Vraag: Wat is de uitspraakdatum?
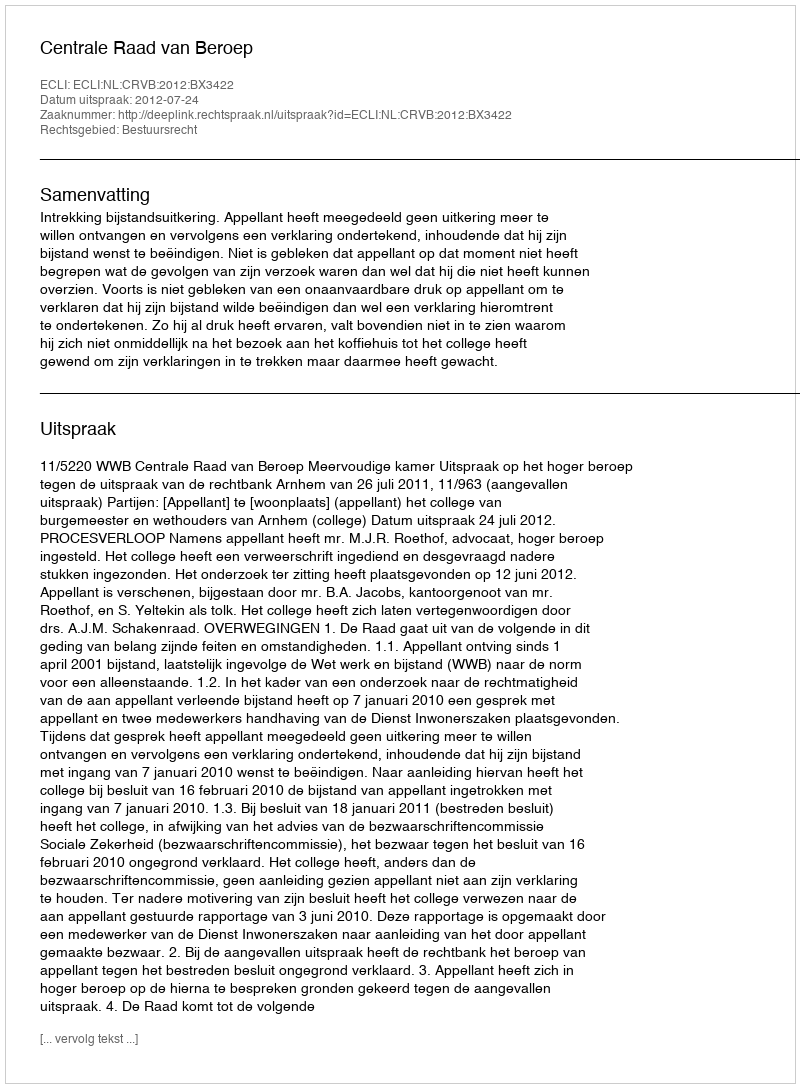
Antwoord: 2012-07-24